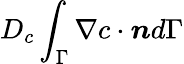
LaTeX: D_{c}\int_{\Gamma}\nabla c\cdot\boldsymbol{n}d\Gamma